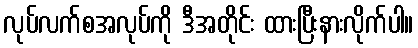
လုပ်လက်စအလုပ်ကို ဒီအတိုင်း ထားပြီးနားလိုက်ပါ။